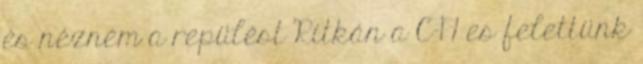
és nézném a repülést Ritkán a C-17 es felettünk